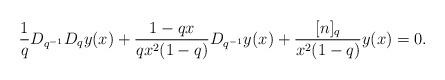
LaTeX: \begin{align*} \frac{1}{q} D_{q^{-1}} D_qy(x)+ \dfrac{ 1-qx}{q x^2 (1-q)}D_{q^{-1}}y(x) + \frac{ [n]_q}{x^2(1-q)} y(x) =0.\end{align*}